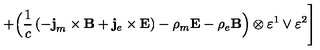
+ \Bigl ( \frac 1 c \left( - { \bf j } _ { m } \times { \bf B } + { \bf j } _ { e } \times { \bf E } \right) - \rho _ { m } { \bf E } - \rho _ { e } { \bf B } \Bigr ) \otimes \varepsilon ^ { 1 } \vee \varepsilon ^ { 2 } \Biggr ]